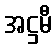
အဋ္ဌမီ